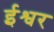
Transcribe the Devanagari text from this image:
र्इश्वर